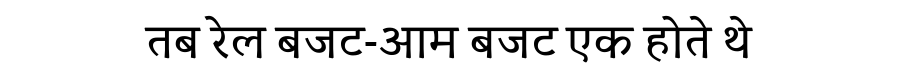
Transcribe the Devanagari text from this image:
तब रेल बजट-आम बजट एक होते थे